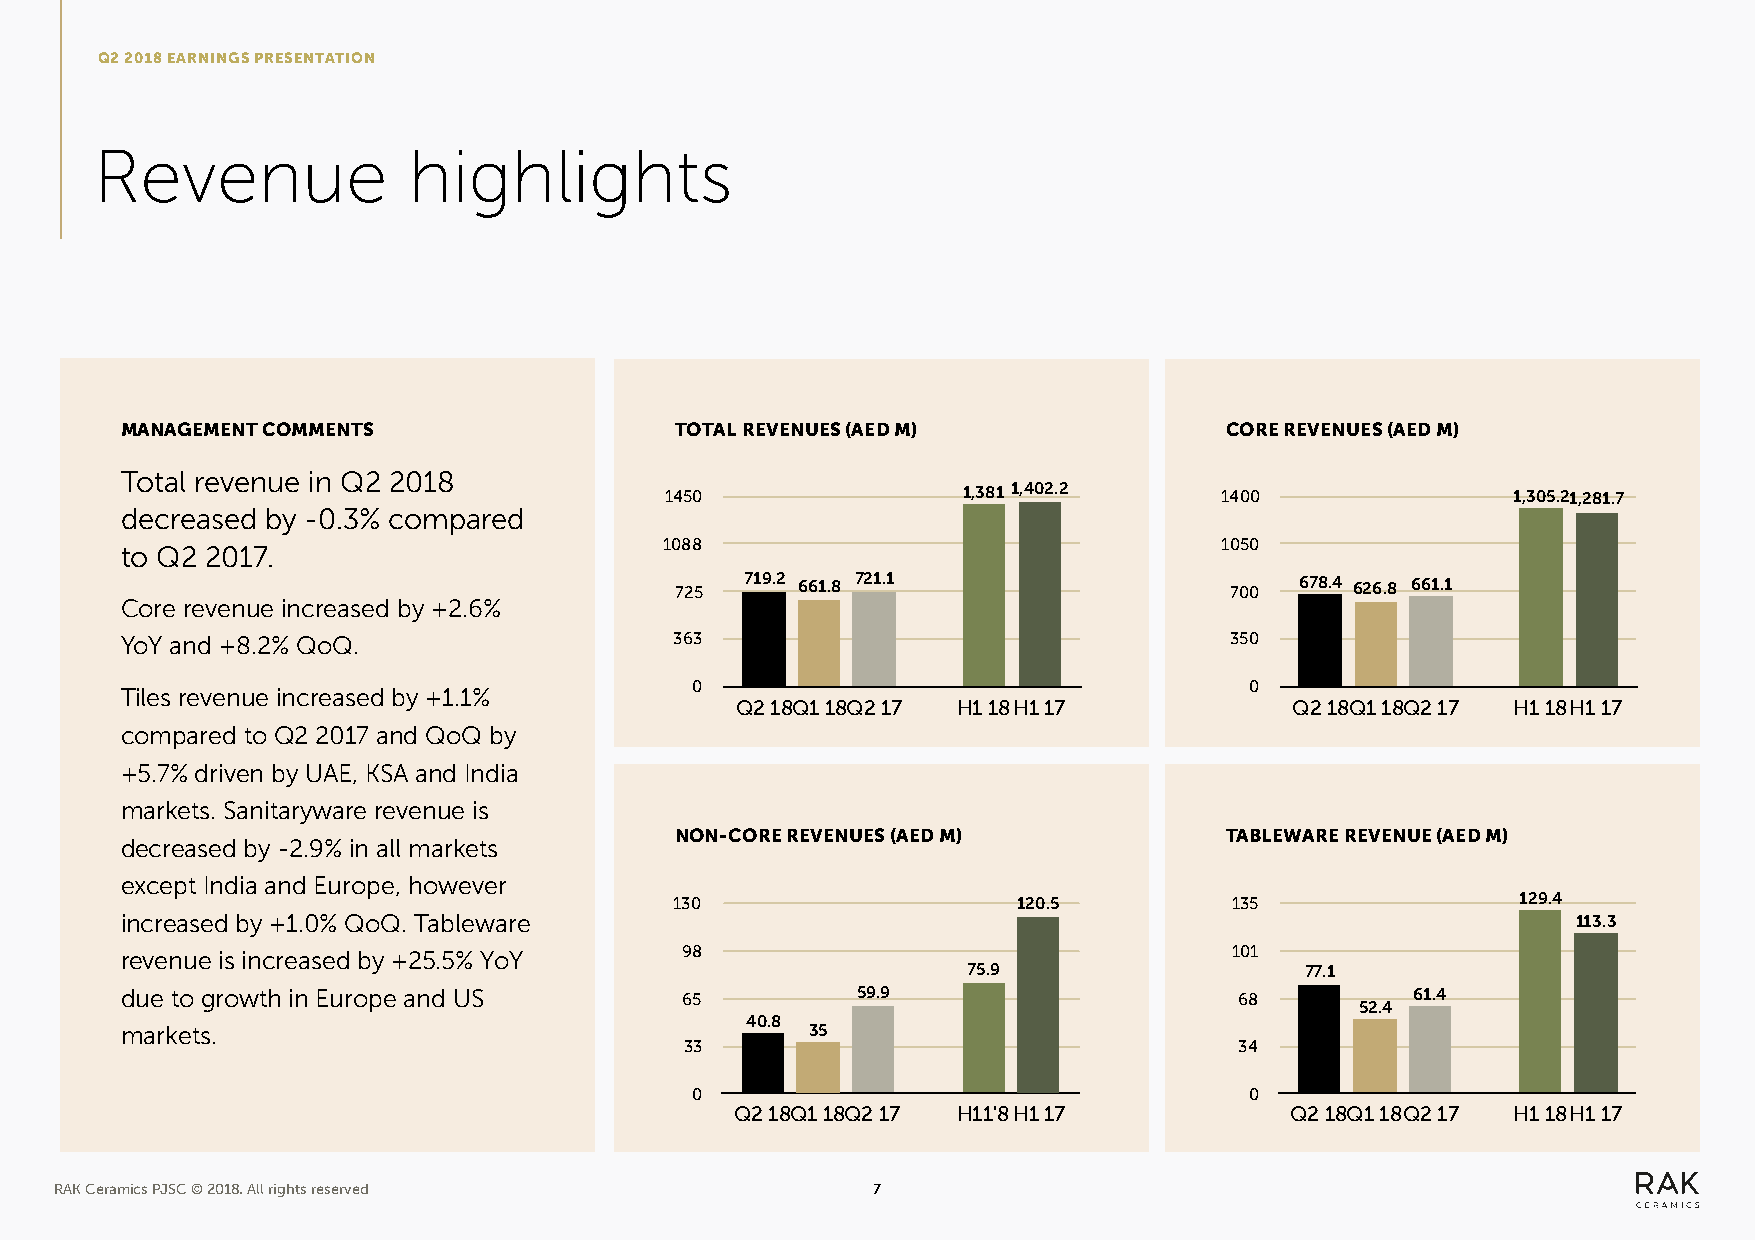
Q2 2018 EARNINGS PRESENTATION
 Revenue              highlights
 MANAGEMENT COMMENTS                  TOTAL REVENUES (AED M)              CORE REVENUES (AED M)
 Total revenue in Q2 2018
 1450                1,381 1,402.2    1400               1,305.21,281.7
 decreased by -0.3% compared
 1088                                 1050
 to Q2 2017.
 725 719.2 661.8 721.1               700  678.4 626.8 661.1
 Core revenue increased by +2.6%
 YoY and +8.2% QoQ.                   363                                 350
 0                                    0
 Tiles revenue increased by +1.1%
 Q2 18Q1 18Q 2 17 H1 18H1 17          Q2 18Q1 18Q2 17 H1 18H1 17
 compared to Q2 2017 and QoQ by
 +5.7% driven by UAE, KSA and India
 markets. Sanitaryware revenue is
 NON-CORE REVENUES (AED M)           TABLEWARE REVENUE (AED M)
 decreased by -2.9% in all markets
 except India and Europe, however
 130                   120.5          135                129.4
 increased by +1.0% QoQ. Tableware                                                               113.3
 revenue is increased by +25.5% YoY   98                                   101
 75.9                  77.1
 due to growth in Europe and US       65          59.9                     68          61.4
 52.4
 40.8
 markets.                                      35
 33                                   34
 0                                    0
 Q2 18Q1 18Q2 17 H11'8H1 17          Q2 18Q1 18Q2 17 H1 18H1 17
 RAK Ceramics PJSC © 2018. All rights reserved         7